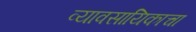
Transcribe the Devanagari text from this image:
व्यावसायिकाचा